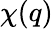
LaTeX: \chi(q)